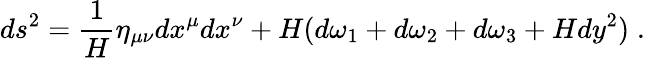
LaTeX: ds^{2}=\frac{1}{H}\eta_{\mu\nu}dx^{\mu}dx^{\nu}+H(d\omega_{1}+d\omega_{2}+d\omega_{3}+Hdy^{2})\; .